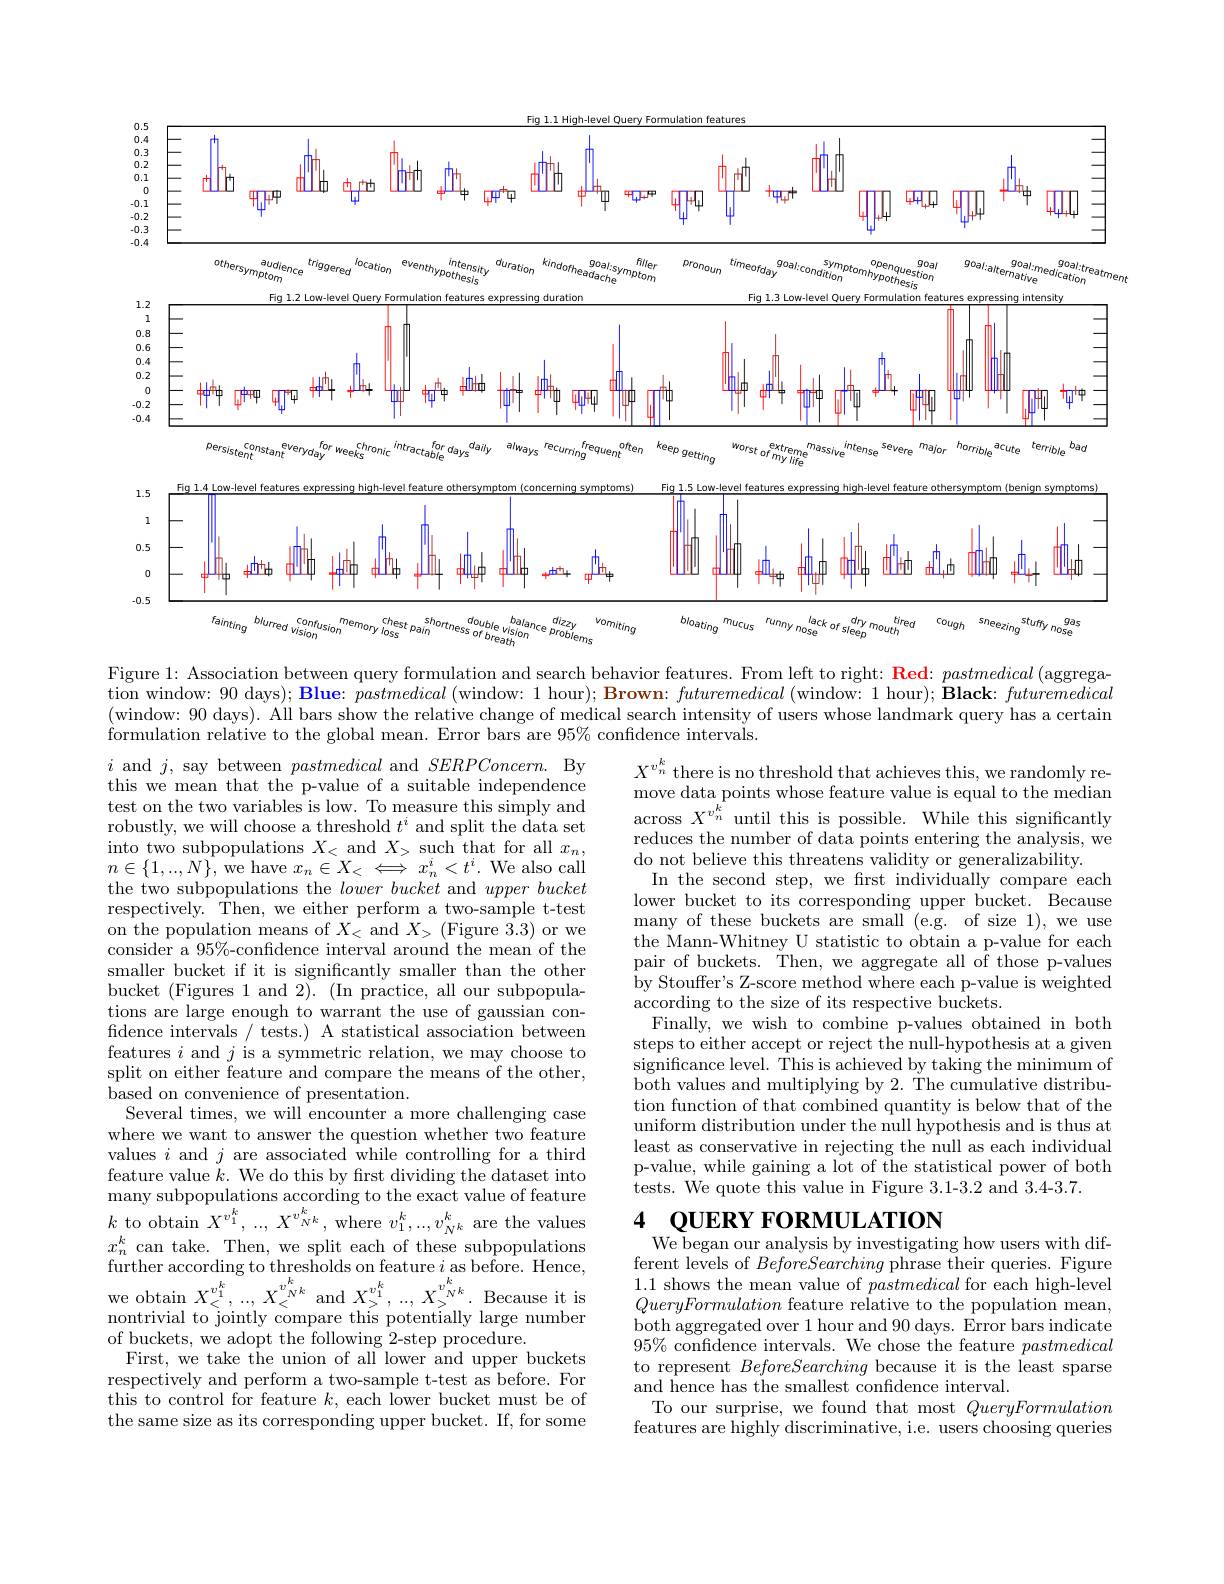
<FigureHere>
Figure 1: Association between query formulation and search behavior features. From left to right: Red: pastmedical (aggrega-

$\bar{\text{tion window: }90}$ days$) ; \textbf{Blue: pastmedical ( window: 1 hour) ; Brown: futuremedical ( window: 1 hour) ; Black: futuremedical}$ (window: 90 days). All bars show the relative change of medical search intensity of users whose landmark query has a certain formulation relative to the global mean. Error bars are $95\%$ confidence intervals.

$X^{v_n^k}$ there is no threshold that achieves this, we randomly remoun dota rointa wbon fotun oulus in oundis to tho mdion move data points whose feature value is equal to the median across $X^{v_n^k}$ until this is possible. While this significantly reduces the number of data points entering the analysis, we do not believe this threatens validity or generalizability.
In the second step, we first individually compare each lower bucket to its corresponding upper bucket. Because many of these buckets are small (e.g. of size 1), we use the Mann-Whitney U statistic to obtain a p-value for each pair of buckets. Then, we aggregate all of those p-values by Stouffer's Z-score method where each p-value is weighted according to the size of its respective buckets.
Finally, we wish to combine p-values obtained in both steps to either accept or reject the null-hypothesis at a given significance level. This is achieved by taking the minimum of both values and multiplying by 2. The cumulative distribution function of that combined quantity is below that of the uniform distribution under the null hypothesis and is thus at least as conservative in rejecting the null as each individual p-value, while gaining a lot of the statistical power of both tests. We quote this value in Figure 3.1-3.2 and 3.4-3.7.

$i$ and $j$, say between pastmedical and $SERPConcern.$ By this we mean that the p-value of a suitable independence test on the two variables is low. To measure this simply and robustly, we will choose a threshold $t^i$ and split the data set into two subpopulations $X_<$ and $X_>$ such that for all $x_n$, $n\in\{1,...,N\}$,we have $x_n\in X_<\iff x_n^i<t^i.$ We also call the two subpopulations the lowerbucket and upperbucket respectively. Then, we either perform a two-sample t-test on the population means of $X_<$ and $X_>$ (Figure 3.3) or we consider a $95\%$-confidence interval around the mean of the smaller bucket if it is signifcantly smaller than the other bucket (Figures 1 and 2). (In practice, all our subpopulations are large enough to warrant the use of gaussian con- $\bar{\text{fidence intervals / tests.) A statistical association between}}$ features $i$ and $j$ is a symmetric relation, we may choose to split on either feature and compare the means of the other, based on convenience of presentation.
Several times, we will encounter a more challenging case where we want to answer the question whether two feature values $i$ and $j$ are associated while controlling for a third feature value $k.$ We do this by frst dividing the dataset into many subpopulations according to the exact value of feature $k$ to obtain $X^v_{1}^{k},...,X^{v_{N}^{k}}$,where $v_{1}^{k},...,v_{N^{k}}^{k}$ are the values $x_n^k$ can take. Then, we split each of these subpopulations further according to thresholds on feature $i$ as before. Hence, we obtain $X_{<}^{v_{1}^{k}},...,X_{<}^{v_{N}^{k}}$ and $X_{>}^{v_{1}^{k}},...,X_{>}^{v_{N}^{k}}.$ Because it is nontrivial to jointly compare this potentially large number of buckets, we adopt the following 2-step procedure.
First, we take the union of all lower and upper buckets respectively and perform a two-sample t-test as before. For this to control for feature $k$, each lower bucket must be of the same size as its corresponding upper bucket. If, for some

### 4 OUERY FORMULATION

We began our analysis by investigating how users with different levels of BeforeSearching phrase their queries. Figure 1.1 shows the mean value of pastmedical for each high-level QueryFormulation feature relative to the population mean, both aggregated over 1 hour and 90 days. Error bars indicate $95\%$ confidence intervals. We chose the feature pastmedical to represent BeforeSearching because it is the least sparse and hence has the smallest confidence interval.
To our surprise, we found that most QueryFormulation features are highly'discriminative, i.e. users choosing queries